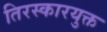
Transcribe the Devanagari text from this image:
तिरस्कारयुक्त